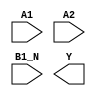
/**
 * Copyright 2020 The SkyWater PDK Authors
 *
 * Licensed under the Apache License, Version 2.0 (the "License");
 * you may not use this file except in compliance with the License.
 * You may obtain a copy of the License at
 *
 *     https://www.apache.org/licenses/LICENSE-2.0
 *
 * Unless required by applicable law or agreed to in writing, software
 * distributed under the License is distributed on an "AS IS" BASIS,
 * WITHOUT WARRANTIES OR CONDITIONS OF ANY KIND, either express or implied.
 * See the License for the specific language governing permissions and
 * limitations under the License.
 *
 * SPDX-License-Identifier: Apache-2.0
 */

`ifndef SKY130_FD_SC_HD__A21BOI_SYMBOL_V
`define SKY130_FD_SC_HD__A21BOI_SYMBOL_V

/**
 * a21boi: 2-input AND into first input of 2-input NOR,
 *         2nd input inverted.
 *
 *         Y = !((A1 & A2) | (!B1_N))
 *
 * Verilog stub (without power pins) for graphical symbol definition
 * generation.
 *
 * WARNING: This file is autogenerated, do not modify directly!
 */

`timescale 1ns / 1ps
`default_nettype none

(* blackbox *)
module sky130_fd_sc_hd__a21boi (
    //# {{data|Data Signals}}
    input  A1  ,
    input  A2  ,
    input  B1_N,
    output Y
);

    // Voltage supply signals
    supply1 VPWR;
    supply0 VGND;
    supply1 VPB ;
    supply0 VNB ;

endmodule

`default_nettype wire
`endif  // SKY130_FD_SC_HD__A21BOI_SYMBOL_V